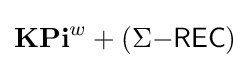
\mathbf {KPi} ^{w}+(\Sigma {\mathsf {-REC}})